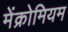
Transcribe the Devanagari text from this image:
मेंक्रोमियम